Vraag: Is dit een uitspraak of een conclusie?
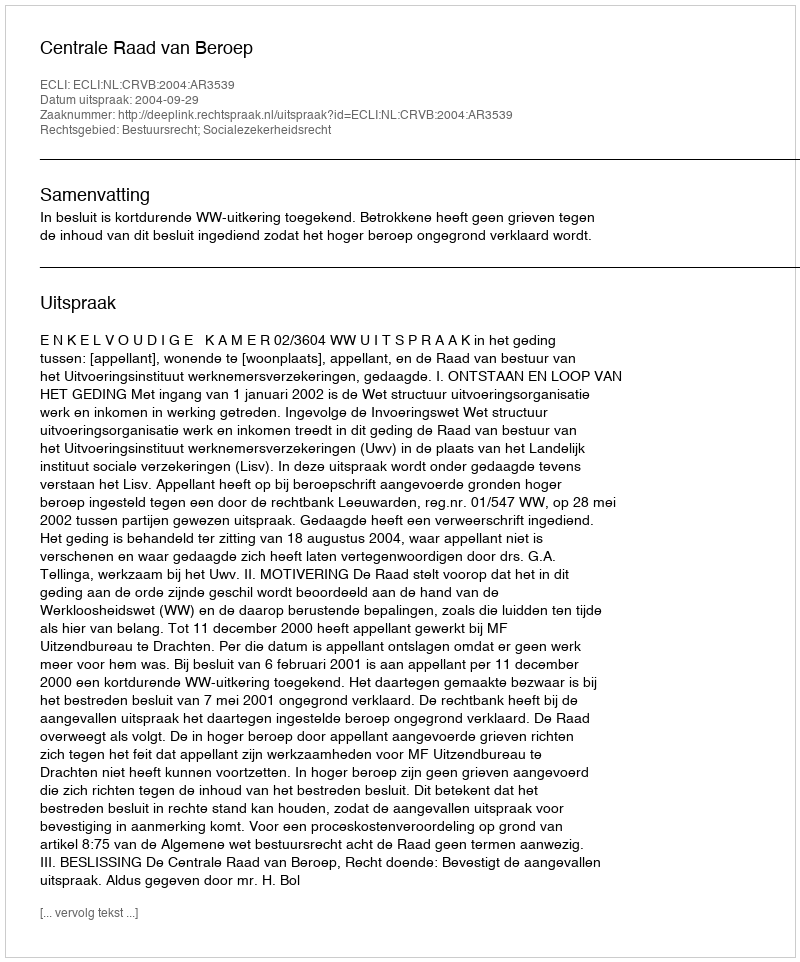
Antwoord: Uitspraak